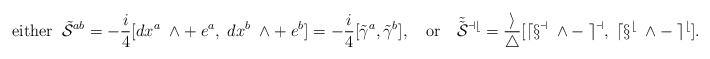
\begin{align*}{\rm either} \;\; \tilde{{\cal S}}^{ab} = -\frac{i}{4} [dx^a \; \wedge + \;e^a, \; dx^b\; \wedge + \; e^b ] = -\frac{i}{4} [\tilde{\gamma}^a, \tilde{\gamma}^b], \quad {\rm or} \quad \tilde{\tilde{\cal S}}{ }^{ab} = \frac{i}{4} [dx^a\; \wedge -\; e^a ,\; dx^b \; \wedge - \;e^b ]. \end{align*}